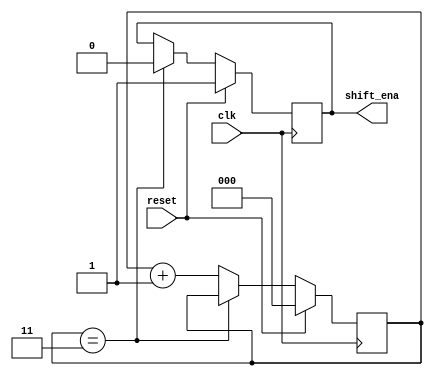
module top_module (
    input clk,
    input reset,      // Synchronous reset
    output shift_ena);
    
    reg cnt_ena = 0 ; 
    reg [2:0] cnt ;

    
    always @(posedge clk) begin
        if(reset) begin
            cnt <= 0 ;
            cnt_ena <= 1 ;
        end
        else begin
            if(cnt == 4-1) begin
                cnt_ena <= 0 ;
                cnt <= cnt ;
            end
            else begin
                cnt <= cnt + 1 ;
            end
        end
    end
    
    assign shift_ena = cnt_ena ;

endmodule